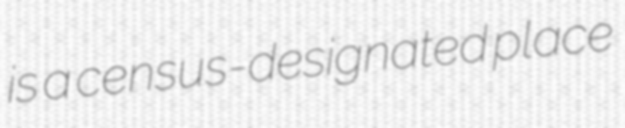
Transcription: is a census-designated place